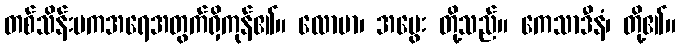
တစ်သိန်းမကအရေအတွက်ရှိကုန်၏။ လောမာ၊ အမွေး တို့သည်။ ကေသာဒီနံ၊ တို့၏။